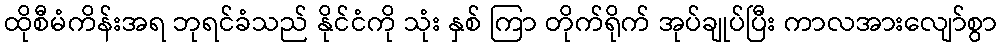
ထိုစီမံကိန်းအရ ဘုရင်ခံသည် နိုင်ငံကို သုံး နှစ် ကြာ တိုက်ရိုက် အုပ်ချုပ်ပြီး ကာလအားလျော်စွာ